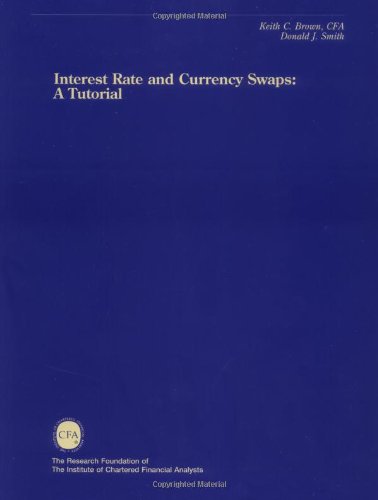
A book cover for Interest Rate and Currency Swaps (The Research Foundation of AIMR and Blackwell Series in Finance); Keith Brown; Business & Money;